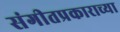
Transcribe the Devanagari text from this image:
संगीतप्रकाराच्या